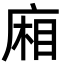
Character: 廂